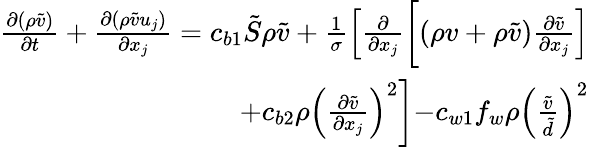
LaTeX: \begin{array}{r}{\frac{\partial(\rho\tilde{v})}{\partial t}+\frac{\partial\left(\rho\tilde{v}u_{j}\right)}{\partial x_{j}}=c_{b1}\tilde{S}\rho\tilde{v}+\frac{1}{\sigma}\left[\frac{\partial}{\partial x_{j}}\biggl[(\rho v+\rho\tilde{v})\frac{\partial\tilde{v}}{\partial x_{j}}\right]}\\ {+c_{b2}\rho\left(\frac{\partial\tilde{v}}{\partial x_{j}}\right)^{2}\biggl]-c_{w1}f_{w}\rho\left(\frac{\tilde{v}}{\tilde{d}}\right)^{2}}\end{array}